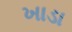
ખાડા